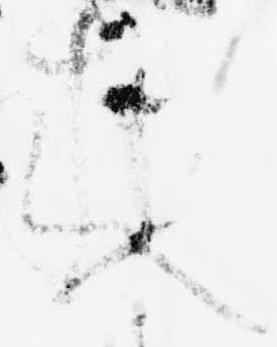
来